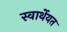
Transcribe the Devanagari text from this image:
स्वार्थेयत